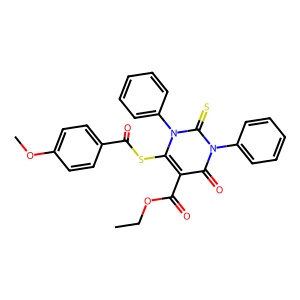
SMILES: CCOC(=O)c1c(SC(=O)c2ccc(OC)cc2)n(-c2ccccc2)c(=S)n(-c2ccccc2)c1=O
Inhibits HIV replication: No